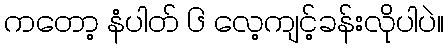
ကတော့ နံပါတ် ၆ လေ့ကျင့်ခန်းလိုပါပဲ။